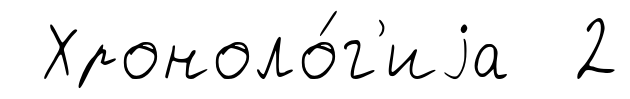
Хроноло́г'иjа 2